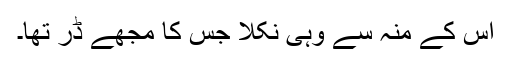
اس کے منہ سے وہی نکلا جس کا مجھے ڈر تھا۔